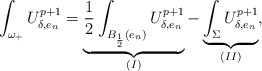
\begin{align*}\int_{\omega_+} U_{\delta,e_n}^{p+1}= \underbrace{\frac{1}{2}\int_{B_\frac{1}{2}(e_n)} U_{\delta,e_n}^{p+1}}_{(I)}- \underbrace{\int_{\Sigma} U_{\delta,e_n}^{p+1}}_{(II)},\end{align*}